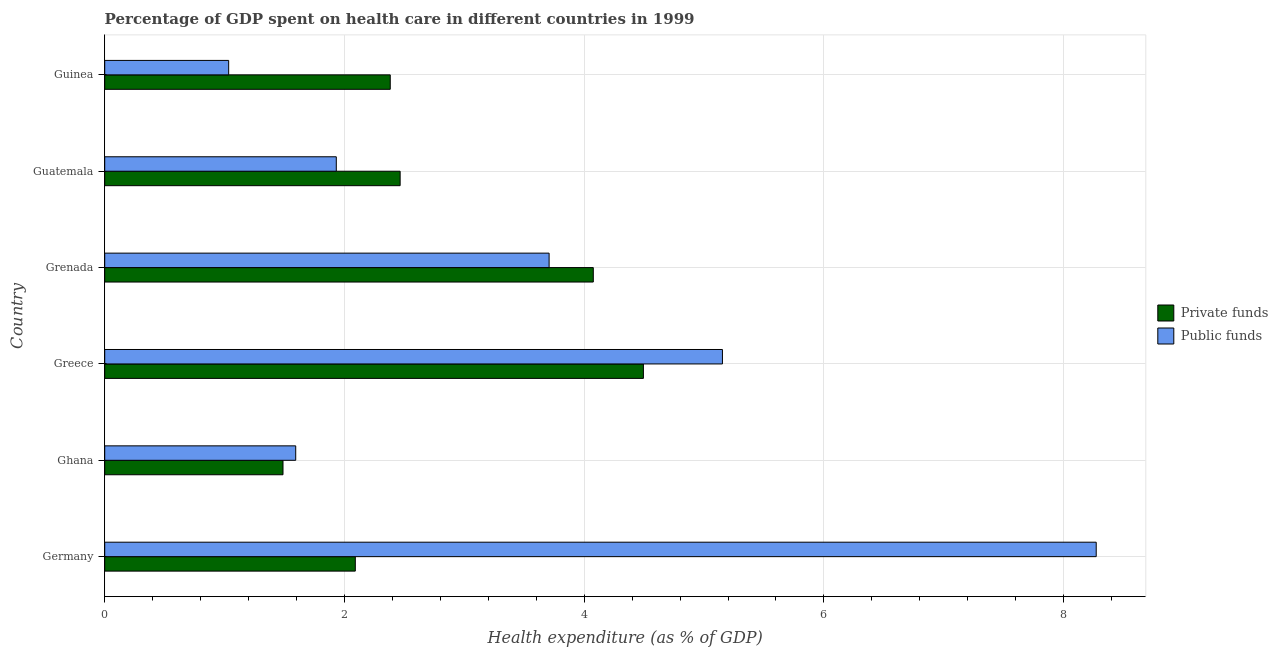
| Country | Private funds | Public funds |
 | --- | --- | --- |
 | Germany | 2.09 | 8.27 |
 | Ghana | 1.49 | 1.59 |
 | Greece | 4.49 | 5.15 |
 | Grenada | 4.08 | 3.71 |
 | Guatemala | 2.46 | 1.93 |
 | Guinea | 2.38 | 1.03 |